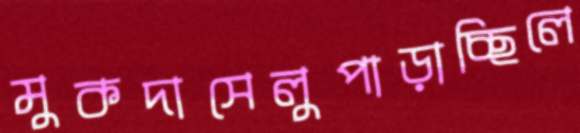
মুকদাসেলুপাড়াচ্ছিলে